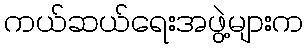
ကယ်ဆယ်ရေးအဖွဲ့များက